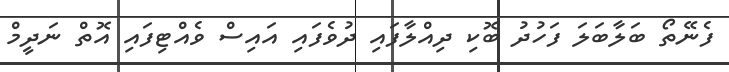
ފެނޭތޯ ބަލާބަލަ ފަހުދު ބޮކި ދިއްލާފައި ދުވެފައި އައިސް ވެއްޓިފައި އޮތް ނަދީމް